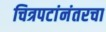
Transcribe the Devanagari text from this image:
चित्रपटांनंतरचा